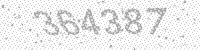
Solution: 364387